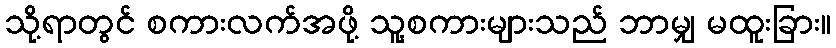
သို့ရာတွင် စကားလက်အဖို့ သူ့စကားများသည် ဘာမျှ မထူးခြား။